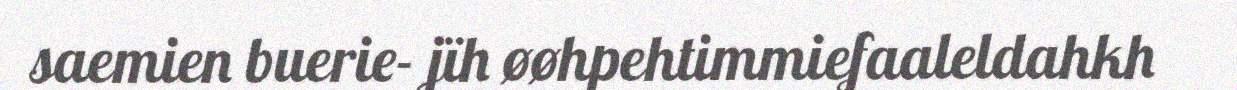
saemien buerie- jïh øøhpehtimmiefaaleldahkh